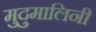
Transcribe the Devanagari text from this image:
मुदुमालिनी